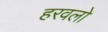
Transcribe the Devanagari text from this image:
हरवलो